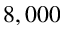
8 , 0 0 0